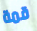
قمة